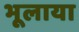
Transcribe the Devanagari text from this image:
भूलाया